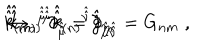
\hat { \hat { k } } _ { ( m ) } { } ^ { \hat { \hat { \mu } } } \partial _ { \hat { \hat { \mu } } } = \partial _ { m } \hspace { . 5 c m } \rightarrow \hspace { . 5 c m } \hat { \hat { k } } _ { ( m ) } { } ^ { \hat { \hat { \mu } } } \hat { \hat { k } } _ { ( n ) } { } ^ { \hat { \hat { \nu } } } \hat { \hat { g } } _ { \hat { \hat { \mu } } \hat { \hat { \nu } } } = G _ { n m } \; ,